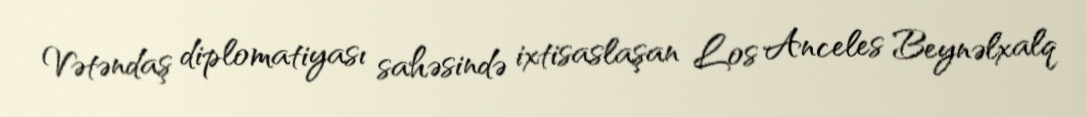
Vətəndaş diplomatiyası sahəsində ixtisaslaşan Los Anceles Beynəlxalq